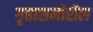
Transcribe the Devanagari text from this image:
गृहासमोरील